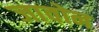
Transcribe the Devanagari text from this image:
जावोन